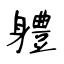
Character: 軆